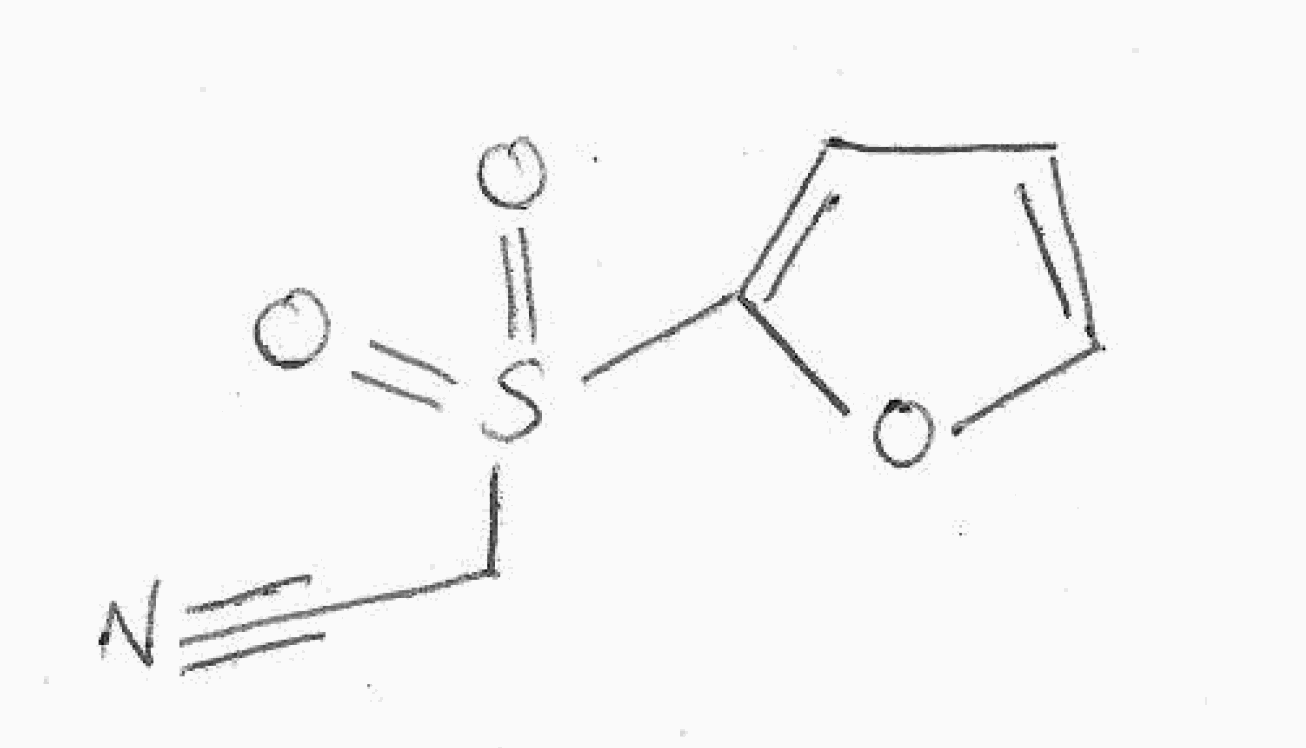
Simplified molecular-input line-entry system (SMILES) notation of the given molecule:
C1=COC(=C1)S(=O)(=O)CC#N